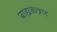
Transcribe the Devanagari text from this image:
बाह्यकंत्राट